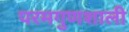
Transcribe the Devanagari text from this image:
परमगुणशाली